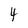
Character: 4